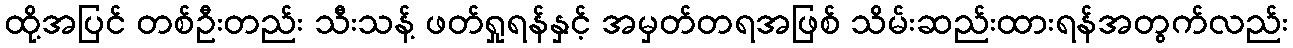
ထို့အပြင် တစ်ဦးတည်း သီးသန့် ဖတ်ရှုရန်နှင့် အမှတ်တရအဖြစ် သိမ်းဆည်းထားရန်အတွက်လည်း